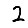
Digit: 2